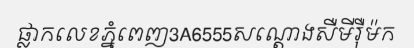
ផ្លាកលេខភ្នំពេញ3A6555សណ្តោងសឺមីរ៉ឺម៉ក